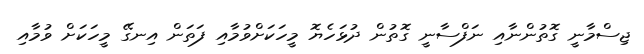
ޖިސްމާނީ ގޮތުންނާއި ނަފްސާނީ ގޮތުން ދުޅަހެޔޮ މީހަކަށްވުމާއި ފަތަން އިނގޭ މީހަކަށް ވުމާއި